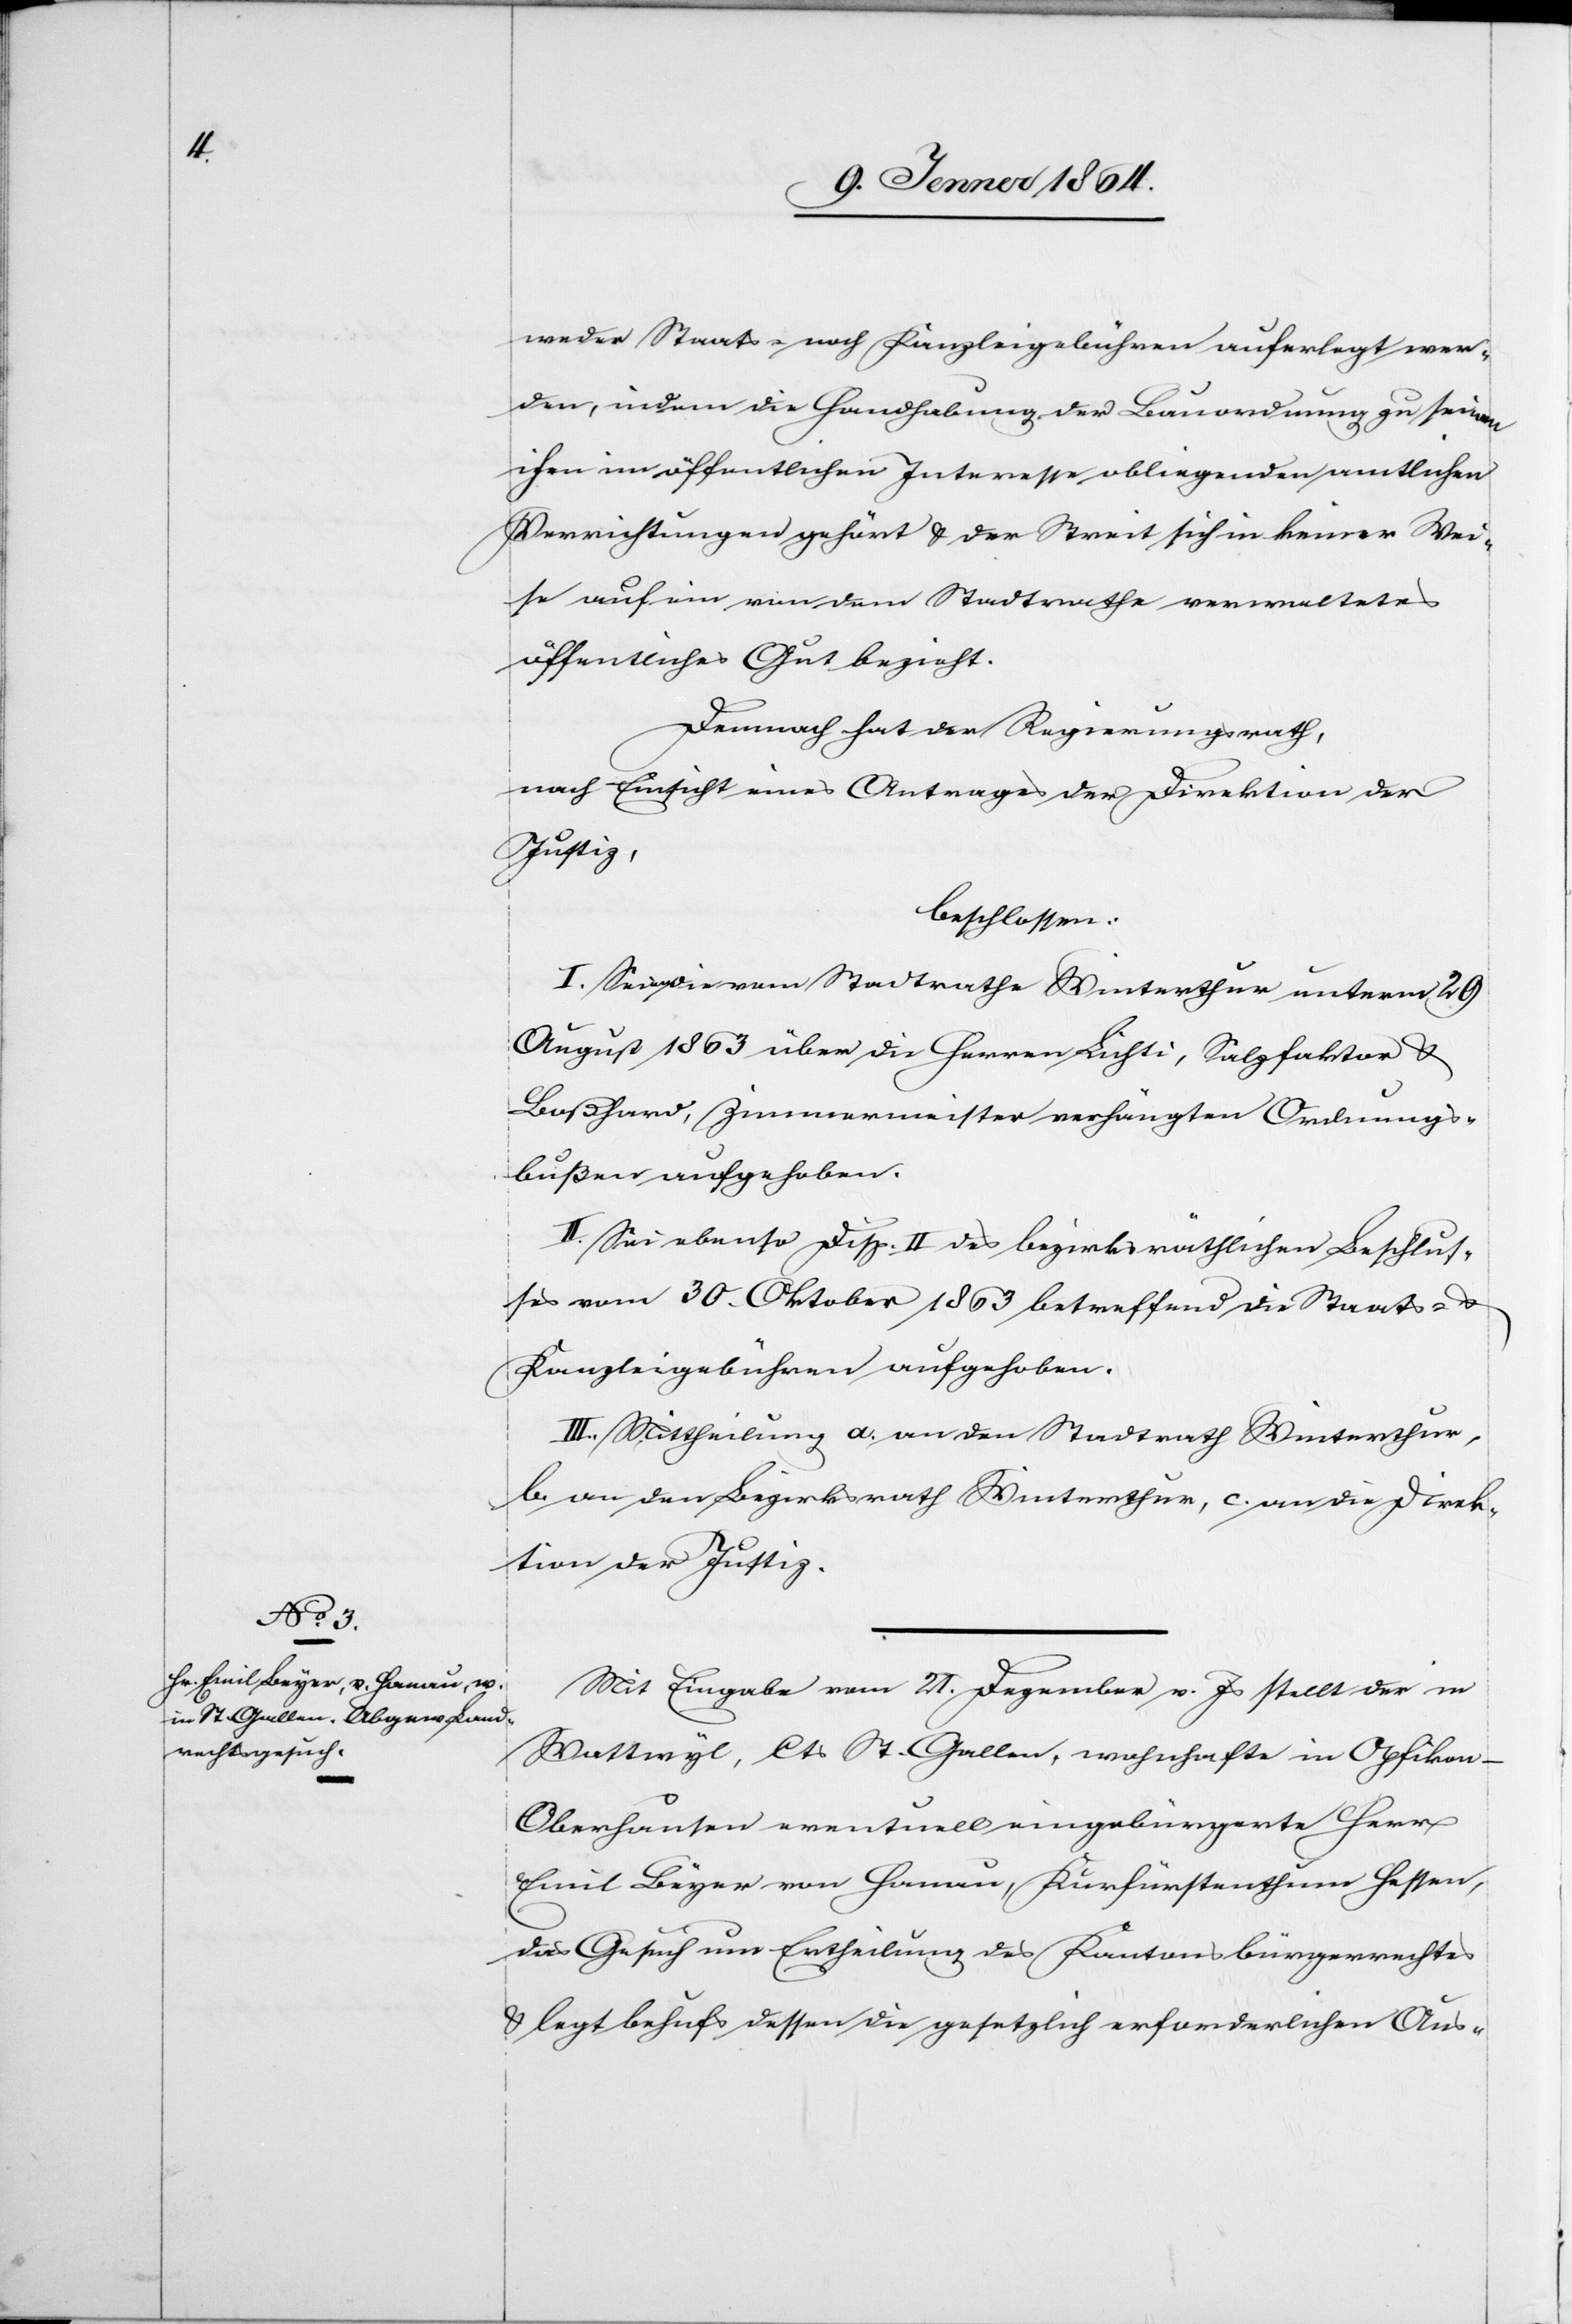
weder Staats- noch Kanzleigebühren auferlegt wer¬
den, indem die Handhabung der Bauordnung zu seinen
ihm im öffentlichen Interesse obliegenden amtlichen
Verrichtungen gehört u. der Streit sich in keiner Wei¬
se auf ein von dem Stadtrathe verwaltetes
öffentliches Gut bezieht.
Demnach hat der Regierungsrath,
nach Einsicht eines Antrags der Direktion der
Justiz
beschlossen:
I. Seien die vom Stadtrathe Winterthur unterm 29.
August 1863 über die Herren Lichti, Salzfaktor u.
Boßhard, Zimmermeister verhängten Ordnungs¬
bußen aufgehoben.
II. Sei ebenso Disp. II des bezirksräthlichen Beschlus¬
ses vom 30. Oktober 1863 betreffend die Staats- u.
Kanzleigebühren aufgehoben.
III: Mittheilung a. an den Stadtrath Winterthur,
b. an den Bezirksrath Winterthur, c. an die Direk¬
tion der Justiz.
Mit Eingabe vom 21. Dezember v. Js stellt der in
Wattwyl, Cts St. Gallen, wohnhafte[,] in Opfikon-O¬
berhausen eventuell eingebürgerte Herr
Emil Beyer von Hanau, Kurfürstenthum Hessen,
das Gesuch um Ertheilung des Kantonsbürgerrechtes
u. legt behufs dessen die gesetzlich erforderlichen Aus-